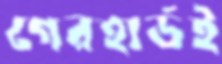
গেরহার্ডই